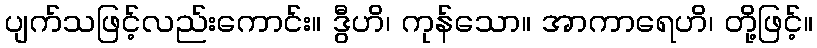
ပျက်သဖြင့်လည်းကောင်း။ ဒွီဟိ၊ ကုန်သော။ အာကာရေဟိ၊ တို့ဖြင့်။